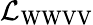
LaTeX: {\mathcal{L}}_{\mathrm{WWVV}}